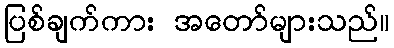
ပြစ်ချက်ကား အတော်များသည်။